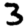
Digit: 3